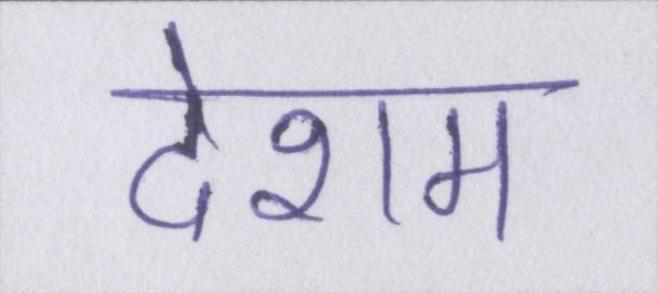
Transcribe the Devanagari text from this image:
देशम